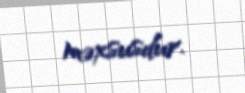
məxsusdur.